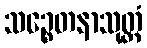
သဉ္စေတနာသုတ္တံ